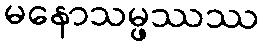
မနောသမ္ဖဿဿ